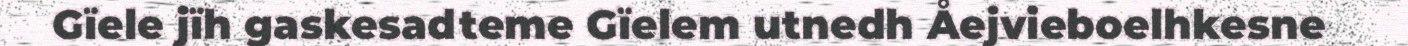
Gïele jïh gaskesadteme Gïelem utnedh Åejvieboelhkesne